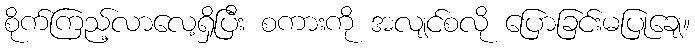
စိုက်ကြည့်လာလေ့ရှိပြီး စကားကို အလျင်စလို ပြောခြင်းမပြုချေ။